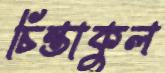
চিন্তাকুল